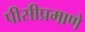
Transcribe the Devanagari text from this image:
पीसीप्रमाणे